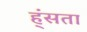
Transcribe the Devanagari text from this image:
ह्ंसता